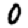
Digit: 0